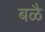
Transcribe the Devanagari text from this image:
बळै